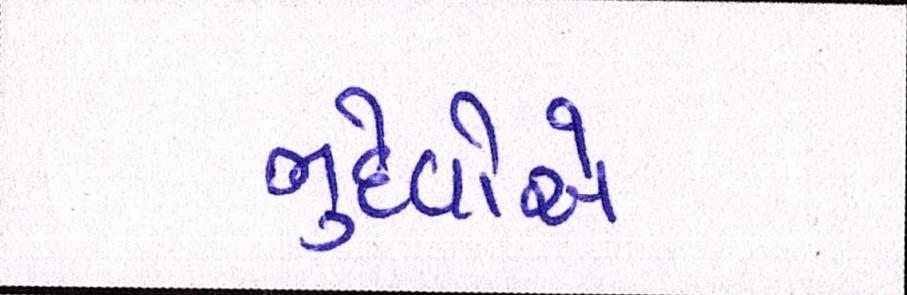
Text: ભુદેવોએ